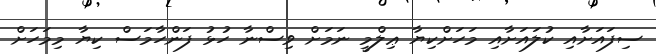
ސިފައަށާއި ކުލައަށާއި މަހަށްކިޔާ ޢިލްމީ ނަމަށް ވިސްނާ ހުޅު ފަންހާމަސް ކިޔާ މިމަހަށް